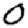
Digit: 0